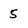
Character: 5